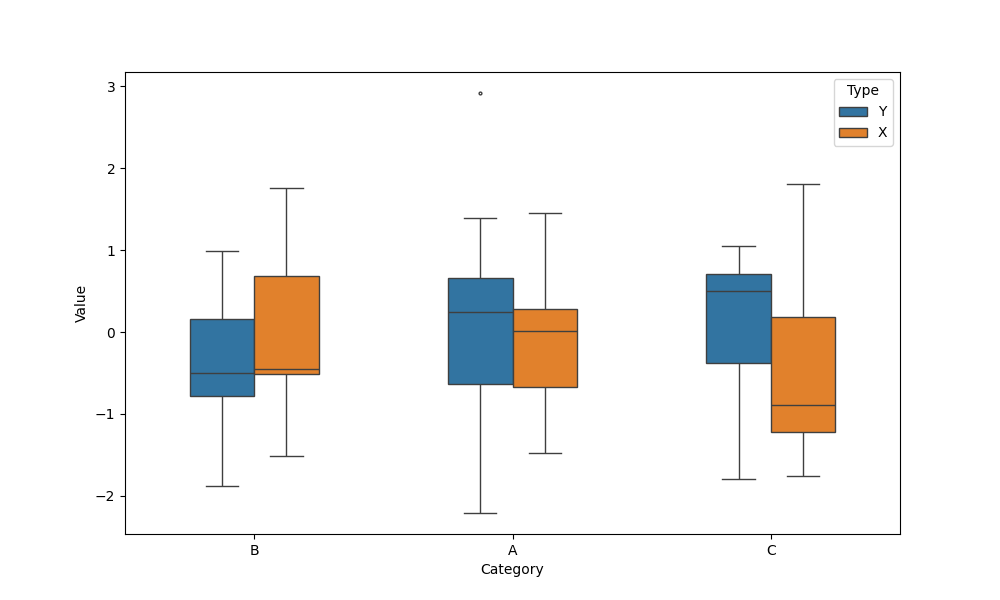
python, seaborn, boxplot, width=0.5, linewidth=1, fliersize=2, notch=False